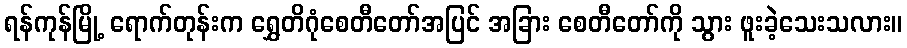
ရန်ကုန်မြို့ ရောက်တုန်းက ရွှေတိဂုံစေတီတော်အပြင် အခြား စေတီတော်ကို သွား ဖူးခဲ့သေးသလား။